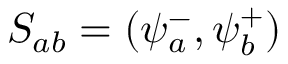
S _ { a b } = ( \psi _ { a } ^ { - } , \psi _ { b } ^ { + } )